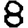
Digit: 8